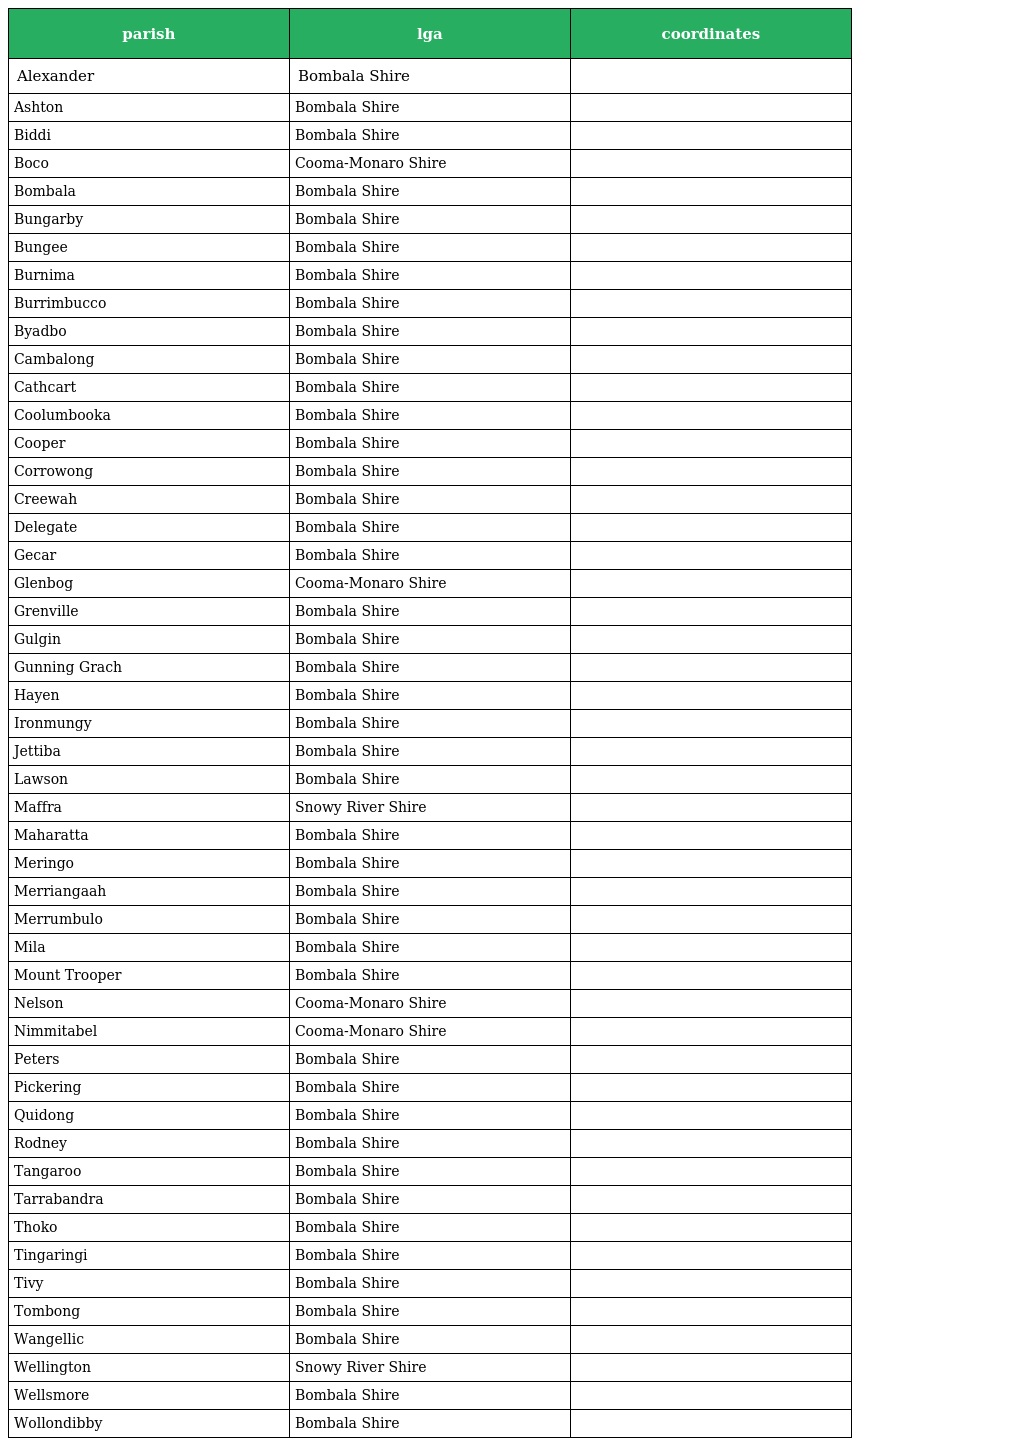
| parish | lga | coordinates |
 | --- | --- | --- |
 | Alexander | Bombala Shire |  |
 | Ashton | Bombala Shire |  |
 | Biddi | Bombala Shire |  |
 | Boco | Cooma-Monaro Shire |  |
 | Bombala | Bombala Shire |  |
 | Bungarby | Bombala Shire |  |
 | Bungee | Bombala Shire |  |
 | Burnima | Bombala Shire |  |
 | Burrimbucco | Bombala Shire |  |
 | Byadbo | Bombala Shire |  |
 | Cambalong | Bombala Shire |  |
 | Cathcart | Bombala Shire |  |
 | Coolumbooka | Bombala Shire |  |
 | Cooper | Bombala Shire |  |
 | Corrowong | Bombala Shire |  |
 | Creewah | Bombala Shire |  |
 | Delegate | Bombala Shire |  |
 | Gecar | Bombala Shire |  |
 | Glenbog | Cooma-Monaro Shire |  |
 | Grenville | Bombala Shire |  |
 | Gulgin | Bombala Shire |  |
 | Gunning Grach | Bombala Shire |  |
 | Hayen | Bombala Shire |  |
 | Ironmungy | Bombala Shire |  |
 | Jettiba | Bombala Shire |  |
 | Lawson | Bombala Shire |  |
 | Maffra | Snowy River Shire |  |
 | Maharatta | Bombala Shire |  |
 | Meringo | Bombala Shire |  |
 | Merriangaah | Bombala Shire |  |
 | Merrumbulo | Bombala Shire |  |
 | Mila | Bombala Shire |  |
 | Mount Trooper | Bombala Shire |  |
 | Nelson | Cooma-Monaro Shire |  |
 | Nimmitabel | Cooma-Monaro Shire |  |
 | Peters | Bombala Shire |  |
 | Pickering | Bombala Shire |  |
 | Quidong | Bombala Shire |  |
 | Rodney | Bombala Shire |  |
 | Tangaroo | Bombala Shire |  |
 | Tarrabandra | Bombala Shire |  |
 | Thoko | Bombala Shire |  |
 | Tingaringi | Bombala Shire |  |
 | Tivy | Bombala Shire |  |
 | Tombong | Bombala Shire |  |
 | Wangellic | Bombala Shire |  |
 | Wellington | Snowy River Shire |  |
 | Wellsmore | Bombala Shire |  |
 | Wollondibby | Bombala Shire |  |